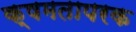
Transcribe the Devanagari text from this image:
क्षमतापरक